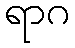
ရာဂ